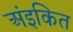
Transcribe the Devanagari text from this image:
अंइकित